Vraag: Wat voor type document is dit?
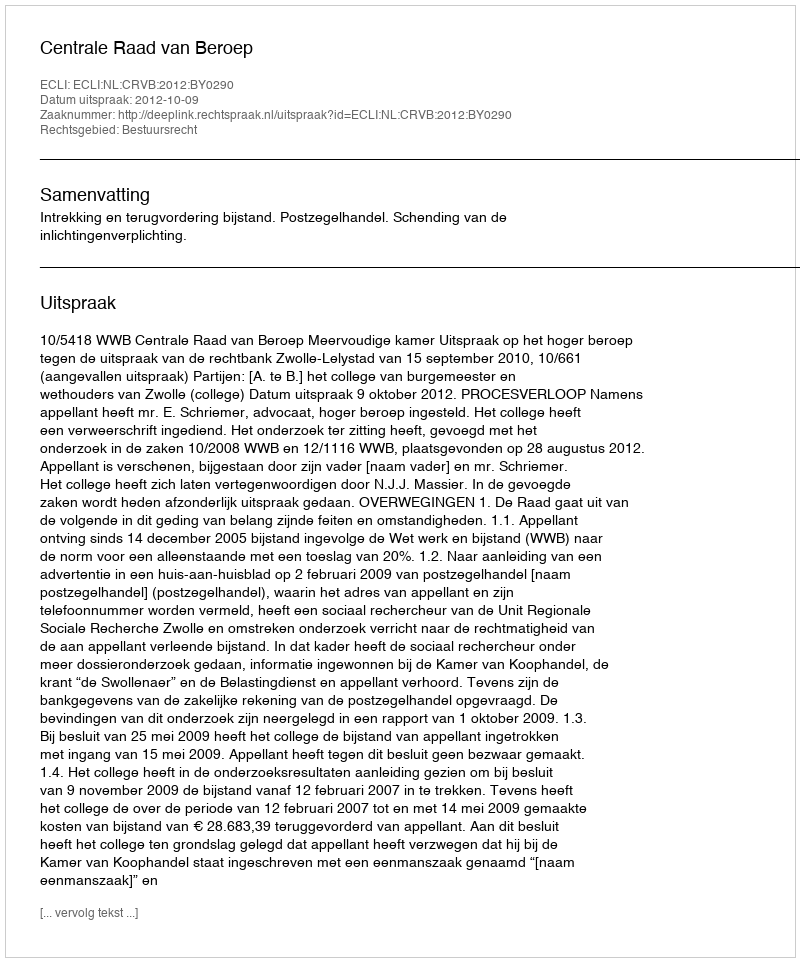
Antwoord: Uitspraak